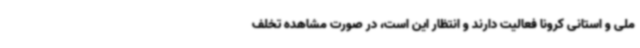
ملی و استانی کرونا فعالیت دارند و انتظار این است، در صورت مشاهده تخلف